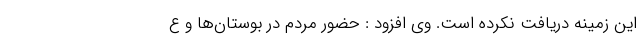
این زمینه دریافت نکرده است. وی افزود : حضور مردم در بوستان‌ها و ع